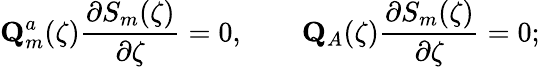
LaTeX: \mathbf{Q}_{m}^{a}(\zeta)\frac{\partial S_{m}(\zeta)}{\partial\zeta}=0,\qquad\mathbf{Q}_{A}(\zeta)\frac{\partial S_{m}(\zeta)}{\partial\zeta}=0;